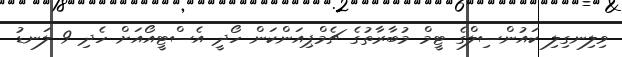
ވިލިނގިލި ކައުންސިލްގެ ޓީމް މުބާރާތުގެ ޗެމްޕިއަންކަން ހޯދީ އެސްޓީއޯއަށް ހެދި 9 ލަނޑު